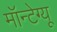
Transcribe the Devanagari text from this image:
मॉन्टेग्यू